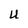
Character: U